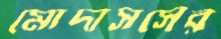
মোদাসসের